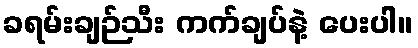
ခရမ်းချဉ်သီး ကက်ချပ်နဲ့ ပေးပါ။